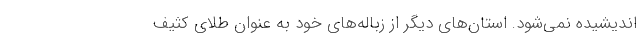
اندیشیده نمی‌شود. استان‌های دیگر از زباله‌های خود به عنوان طلای کثیف